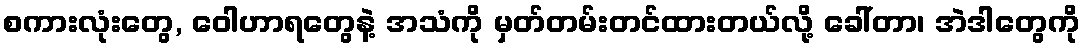
စကားလုံးတွေ, ဝေါဟာရတွေနဲ့ အသံကို မှတ်တမ်းတင်ထားတယ်လို့ ခေါ်တာ၊ အဲဒါတွေကို